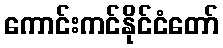
ကောင်းကင်နိုင်ငံတော်